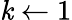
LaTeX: \mathit{k}\leftarrow1